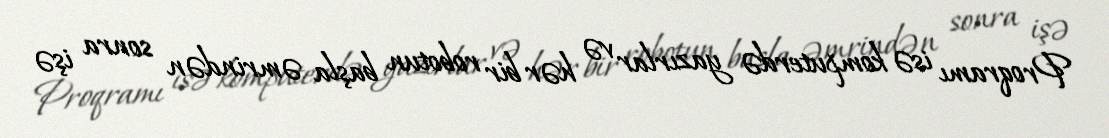
Proqramı isə komputerdə yazırlar və hər bir robotun başla əmrindən sonra işə